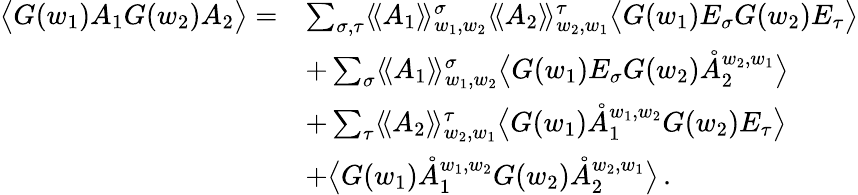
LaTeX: \begin{array}{rl}{\big\langle G(w_{1})A_{1}G(w_{2})A_{2}\big\rangle=}&{\sum_{\sigma,\tau}\langle\! \langle A_{1}\rangle\! \rangle_{w_{1},w_{2}}^{\sigma}\langle\! \langle A_{2}\rangle\! \rangle_{w_{2},w_{1}}^{\tau}\big\langle G(w_{1})E_{\sigma}G(w_{2})E_{\tau}\big\rangle}\\ &{+\sum_{\sigma}\langle\! \langle A_{1}\rangle\! \rangle_{w_{1},w_{2}}^{\sigma}\big\langle G(w_{1})E_{\sigma}G(w_{2})\mathring{A}_{2}^{w_{2},w_{1}}\big\rangle}\\ &{+\sum_{\tau}\langle\! \langle A_{2}\rangle\! \rangle_{w_{2},w_{1}}^{\tau}\big\langle G(w_{1})\mathring{A}_{1}^{w_{1},w_{2}}G(w_{2})E_{\tau}\big\rangle}\\ &{+\big\langle G(w_{1})\mathring{A}_{1}^{{w_{1},w_{2}}}G(w_{2})\mathring{A}_{2}^{{w_{2},w_{1}}}\big\rangle\, .}\end{array}